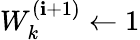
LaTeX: {W_{k}^{(\mathbf{i}+1)}\leftarrow1}